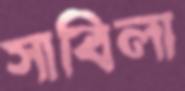
সাবিলা